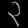
Digit: ၃